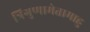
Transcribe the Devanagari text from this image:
त्रिगुणामेतामाहु